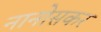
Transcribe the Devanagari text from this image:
नानोसकर